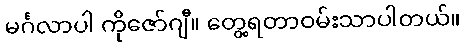
မင်္ဂလာပါ ကိုဇော်ဂျီ။ တွေ့ရတာဝမ်းသာပါတယ်။